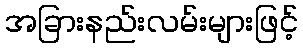
အခြားနည်းလမ်းများဖြင့်